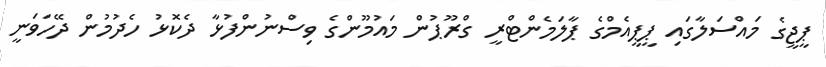
ޕީޖީގެ މައްސަލާގައި ޕީޕީއެމްގެ ޕާލަމެންޓްރީ ގްރޫޕުން މައުމޫންގެ ވިސްނުންފުޅާ ދެކޮޅު ހެދުމުން ދޭހަވަނީ